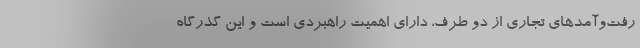
رفت‌وآمد‌های تجاری از دو طرف، دارای اهمیت راهبردی است و این گذرگاه